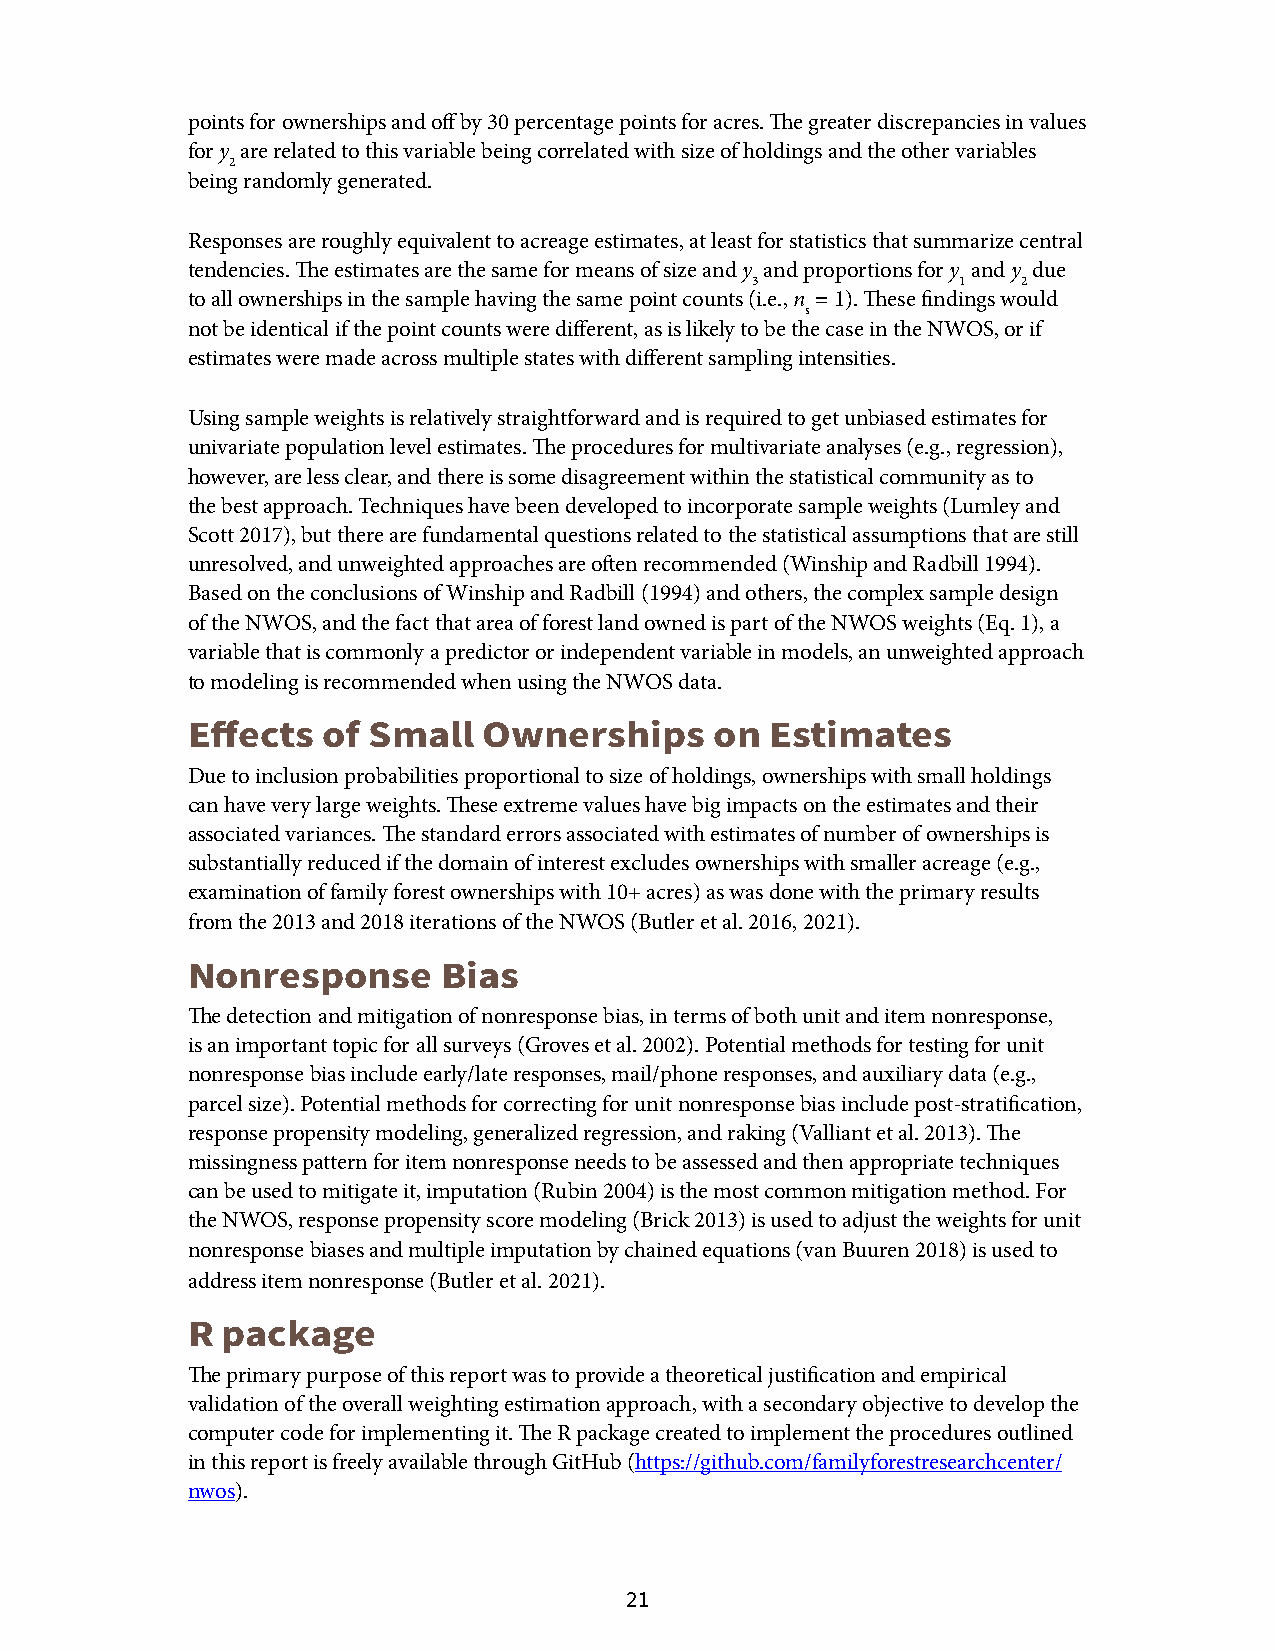
points for ownerships and off by 30 percentage points for acres. The greater discrepancies in values
 for y are related to this variable being correlated with size of holdings and the other variables
 2
 being randomly generated.
 Responses are roughly equivalent to acreage estimates, at least for statistics that summarize central
 tendencies. The estimates are the same for means of size and y and proportions for y and y due
 3             1   2
 to all ownerships in the sample having the same point counts (i.e., n = 1). These findings would
 s
 not be identical if the point counts were different, as is likely to be the case in the NWOS, or if
 estimates were made across multiple states with different sampling intensities.
 Using sample weights is relatively straightforward and is required to get unbiased estimates for
 univariate population level estimates. The procedures for multivariate analyses (e.g., regression),
 however, are less clear, and there is some disagreement within the statistical community as to
 the best approach. Techniques have been developed to incorporate sample weights (Lumley and
 Scott 2017), but there are fundamental questions related to the statistical assumptions that are still
 unresolved, and unweighted approaches are often recommended (Winship and Radbill 1994).
 Based on the conclusions of Winship and Radbill (1994) and others, the complex sample design
 of the NWOS, and the fact that area of forest land owned is part of the NWOS weights (Eq. 1), a
 variable that is commonly a predictor or independent variable in models, an unweighted approach
 to modeling is recommended when using the NWOS data.
 Effects  of Small   Ownerships     on  Estimates
 Due to inclusion probabilities proportional to size of holdings, ownerships with small holdings
 can have very large weights. These extreme values have big impacts on the estimates and their
 associated variances. The standard errors associated with estimates of number of ownerships is
 substantially reduced if the domain of interest excludes ownerships with smaller acreage (e.g.,
 examination of family forest ownerships with 10+ acres) as was done with the primary results
 from the 2013 and 2018 iterations of the NWOS (Butler et al. 2016, 2021).
 Nonresponse      Bias
 The detection and mitigation of nonresponse bias, in terms of both unit and item nonresponse,
 is an important topic for all surveys (Groves et al. 2002). Potential methods for testing for unit
 nonresponse bias include early/late responses, mail/phone responses, and auxiliary data (e.g.,
 parcel size). Potential methods for correcting for unit nonresponse bias include post-stratification,
 response propensity modeling, generalized regression, and raking (Valliant et al. 2013). The
 missingness pattern for item nonresponse needs to be assessed and then appropriate techniques
 can be used to mitigate it, imputation (Rubin 2004) is the most common mitigation method. For
 the NWOS, response propensity score modeling (Brick 2013) is used to adjust the weights for unit
 nonresponse biases and multiple imputation by chained equations (van Buuren 2018) is used to
 address item nonresponse (Butler et al. 2021).
 R  package
 The primary purpose of this report was to provide a theoretical justification and empirical
 validation of the overall weighting estimation approach, with a secondary objective to develop the
 computer code for implementing it. The R package created to implement the procedures outlined
 in this report is freely available through GitHub (https://github.com/familyforestresearchcenter/
 nwos).
 21